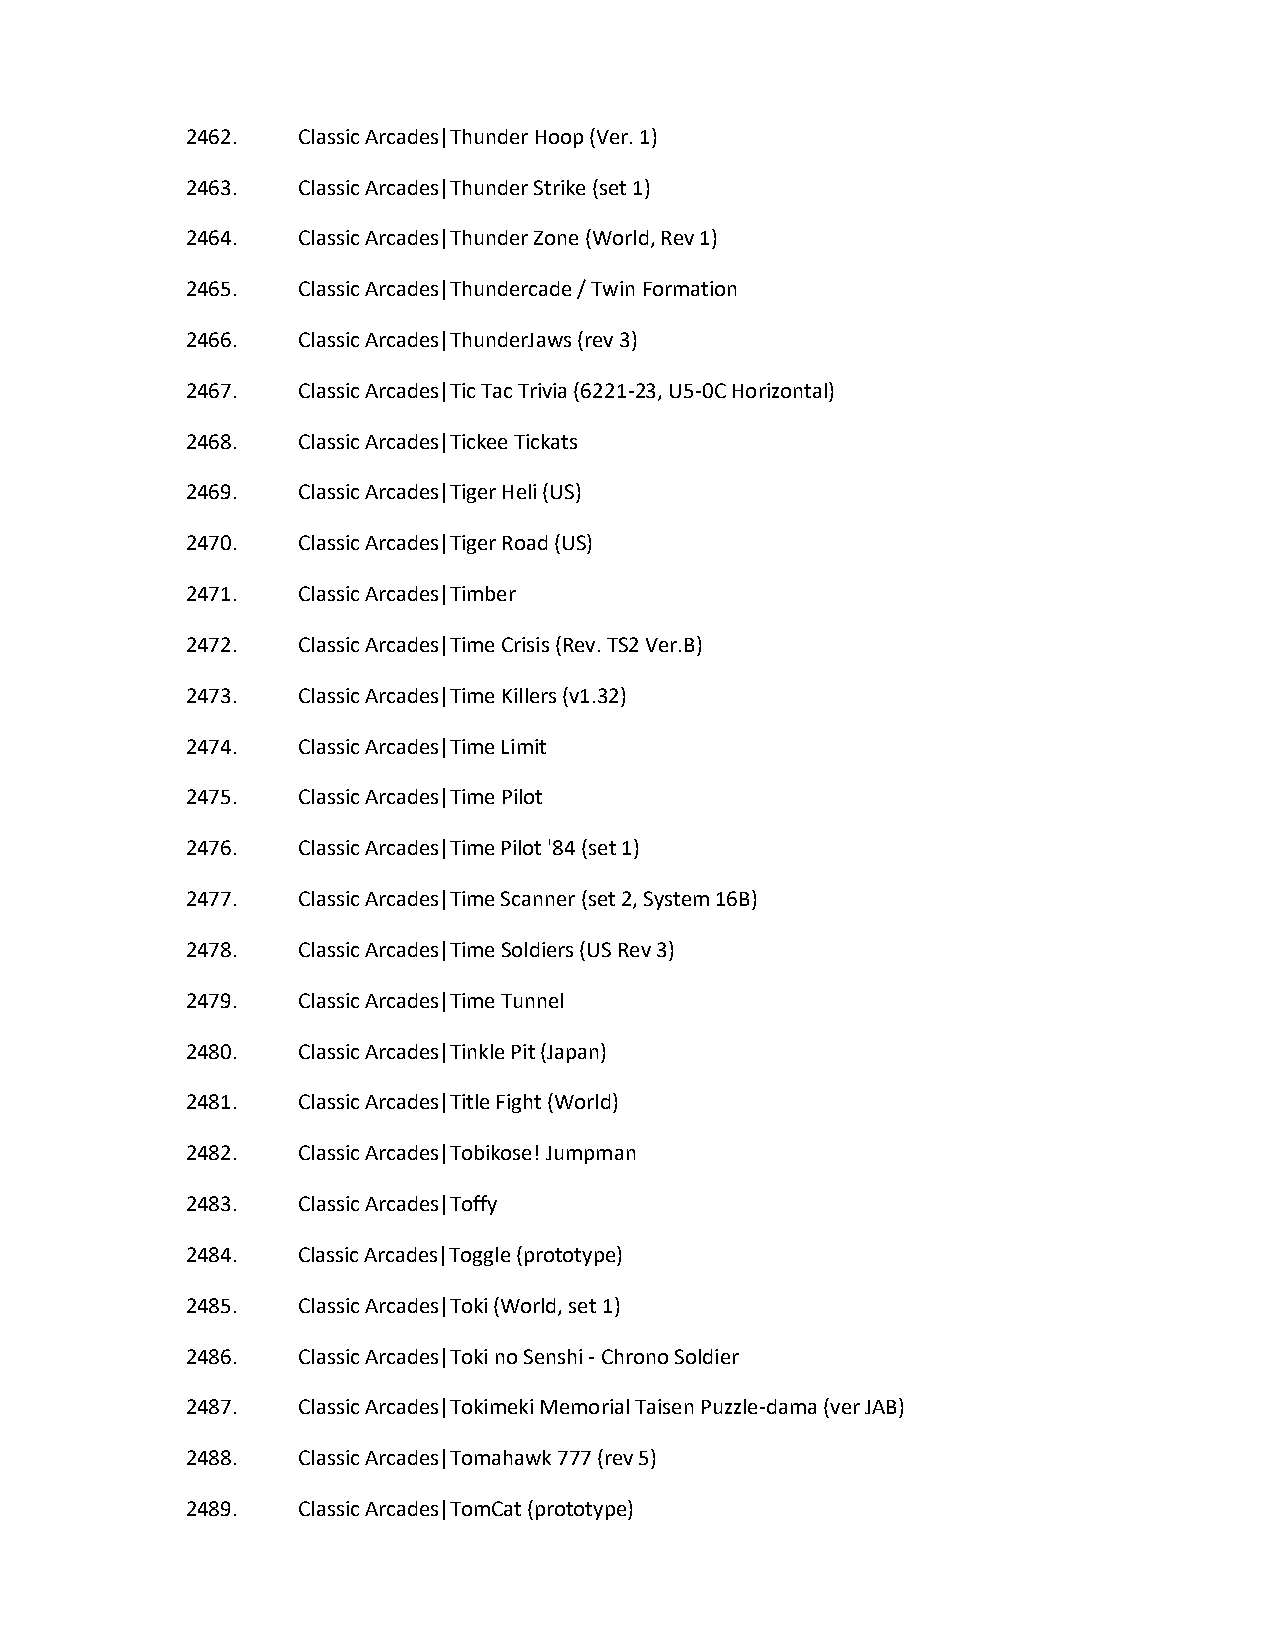
2462.   Classic Arcades|Thunder Hoop (Ver. 1)
 2463.   Classic Arcades|Thunder Strike (set 1)
 2464.   Classic Arcades|Thunder Zone (World, Rev 1)
 2465.   Classic Arcades|Thundercade / Twin Formation
 2466.   Classic Arcades|ThunderJaws (rev 3)
 2467.   Classic Arcades|Tic Tac Trivia (6221-23, U5-0C Horizontal)
 2468.   Classic Arcades|Tickee Tickats
 2469.   Classic Arcades|Tiger Heli (US)
 2470.   Classic Arcades|Tiger Road (US)
 2471.   Classic Arcades|Timber
 2472.   Classic Arcades|Time Crisis (Rev. TS2 Ver.B)
 2473.   Classic Arcades|Time Killers (v1.32)
 2474.   Classic Arcades|Time Limit
 2475.   Classic Arcades|Time Pilot
 2476.   Classic Arcades|Time Pilot '84 (set 1)
 2477.   Classic Arcades|Time Scanner (set 2, System 16B)
 2478.   Classic Arcades|Time Soldiers (US Rev 3)
 2479.   Classic Arcades|Time Tunnel
 2480.   Classic Arcades|Tinkle Pit (Japan)
 2481.   Classic Arcades|Title Fight (World)
 2482.   Classic Arcades|Tobikose! Jumpman
 2483.   Classic Arcades|Toffy
 2484.   Classic Arcades|Toggle (prototype)
 2485.   Classic Arcades|Toki (World, set 1)
 2486.   Classic Arcades|Toki no Senshi - Chrono Soldier
 2487.   Classic Arcades|Tokimeki Memorial Taisen Puzzle-dama (ver JAB)
 2488.   Classic Arcades|Tomahawk 777 (rev 5)
 2489.   Classic Arcades|TomCat (prototype)